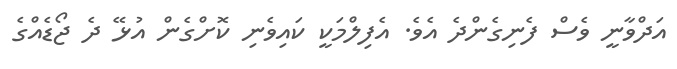
އަދްވާނީ ވެސް ފެނިގެންދެ އެވެ. އެފިލްމަކީ ކައިވެނި ކޮށްގެން އުޅޭ ދެ ޖޯޑެއްގެ